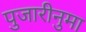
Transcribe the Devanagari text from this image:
पुजारीनुमा